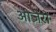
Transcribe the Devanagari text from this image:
ओज़ेरो